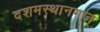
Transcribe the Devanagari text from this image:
दशमस्थानगान्